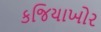
કજિયાખોર